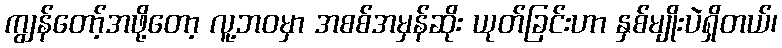
ကျွန်တော့်အဖို့တော့ လူ့ဘဝမှာ အစစ်အမှန်ဆိုး ယုတ်ခြင်းဟာ နှစ်မျိုးပဲရှိတယ်၊